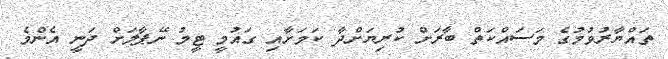
ތައްޔާރުވުމުގެ މަސައްކަތް ބާރަށް ކުރިޔަށްދާ ކަމަށާއި ގައުމީ ޓީމު ނޭޕާލަށް ދަނީ އެންމެ